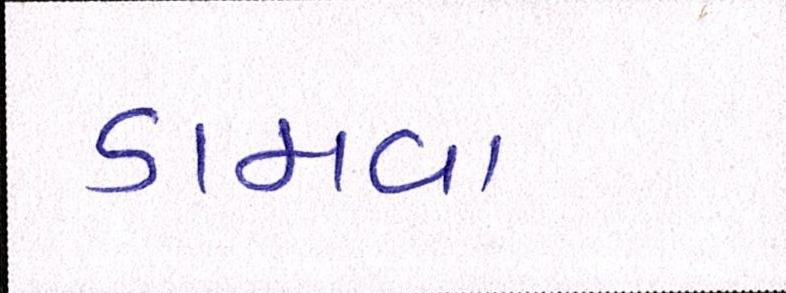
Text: ડામવા